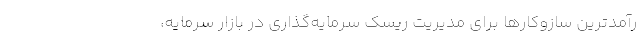
رآمدترین سازوکارها برای مدیریت ریسک سرمایه‌گذاری در بازار سرمایه،